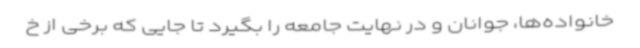
خانواده‌ها، جوانان و در نهایت جامعه را بگیرد تا جایی که برخی از خ